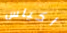
اكياس